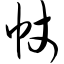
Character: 帐